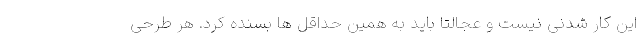
این کار شدنی نیست و عجالتاً باید به همین حداقل ها بسنده کرد. هر طرحی